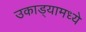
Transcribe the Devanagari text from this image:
उकाड्यामध्ये